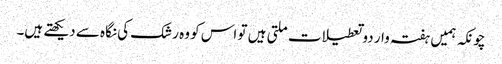
چونکہ ہمیں ہفتہ وار دو تعطیلات ملتی ہیں تو اس کو وہ رشک کی نگاہ سے دیکھتے ہیں۔